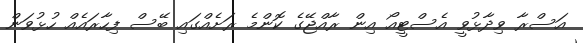
އަސްރާ ވިދާޅުވީ އެސްޓީއޯ އިން ރާއްޖޭގެ ކޮންމެ ރަށެއްގައި ބޭސް ފިހާރައެއް ހުޅުވަން